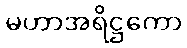
မဟာအရိဋ္ဌကော